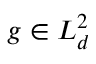
g \in L _ { d } ^ { 2 }